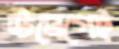
উদ্বেগেই